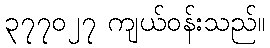
၃၇၇၀၂၇ ကျယ်ဝန်းသည်။